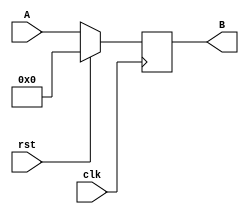
module program_counter(clk, rst, A, B);
   input clk; // clock
   input rst; // reset signal
   input [3:0] A; // 
   output [3:0] B; // 
   reg [3:0] 	register; //

   always @ (posedge clk) begin
      register <= A;
      if (rst == 1) begin
	 register <= 4'b0000;
      end
   end
   
   assign B = register;

endmodule // program_counter